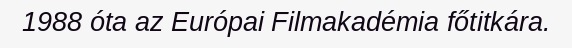
1988 óta az Európai Filmakadémia főtitkára.